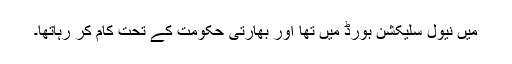
میں نیول سلیکشن بورڈ میں تھا اور بھارتی حکومت کے تحت کام کر رہاتھا۔